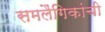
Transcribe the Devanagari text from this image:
समलैंगिकांची